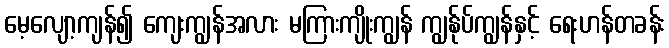
မေ့လျော့ကျန်၍ ကျေးကျွန်အလား မကြားကျိုးကျွန် ကျွန်ုပ်ကျွန်နှင့် ရေးဟန်တခန်း